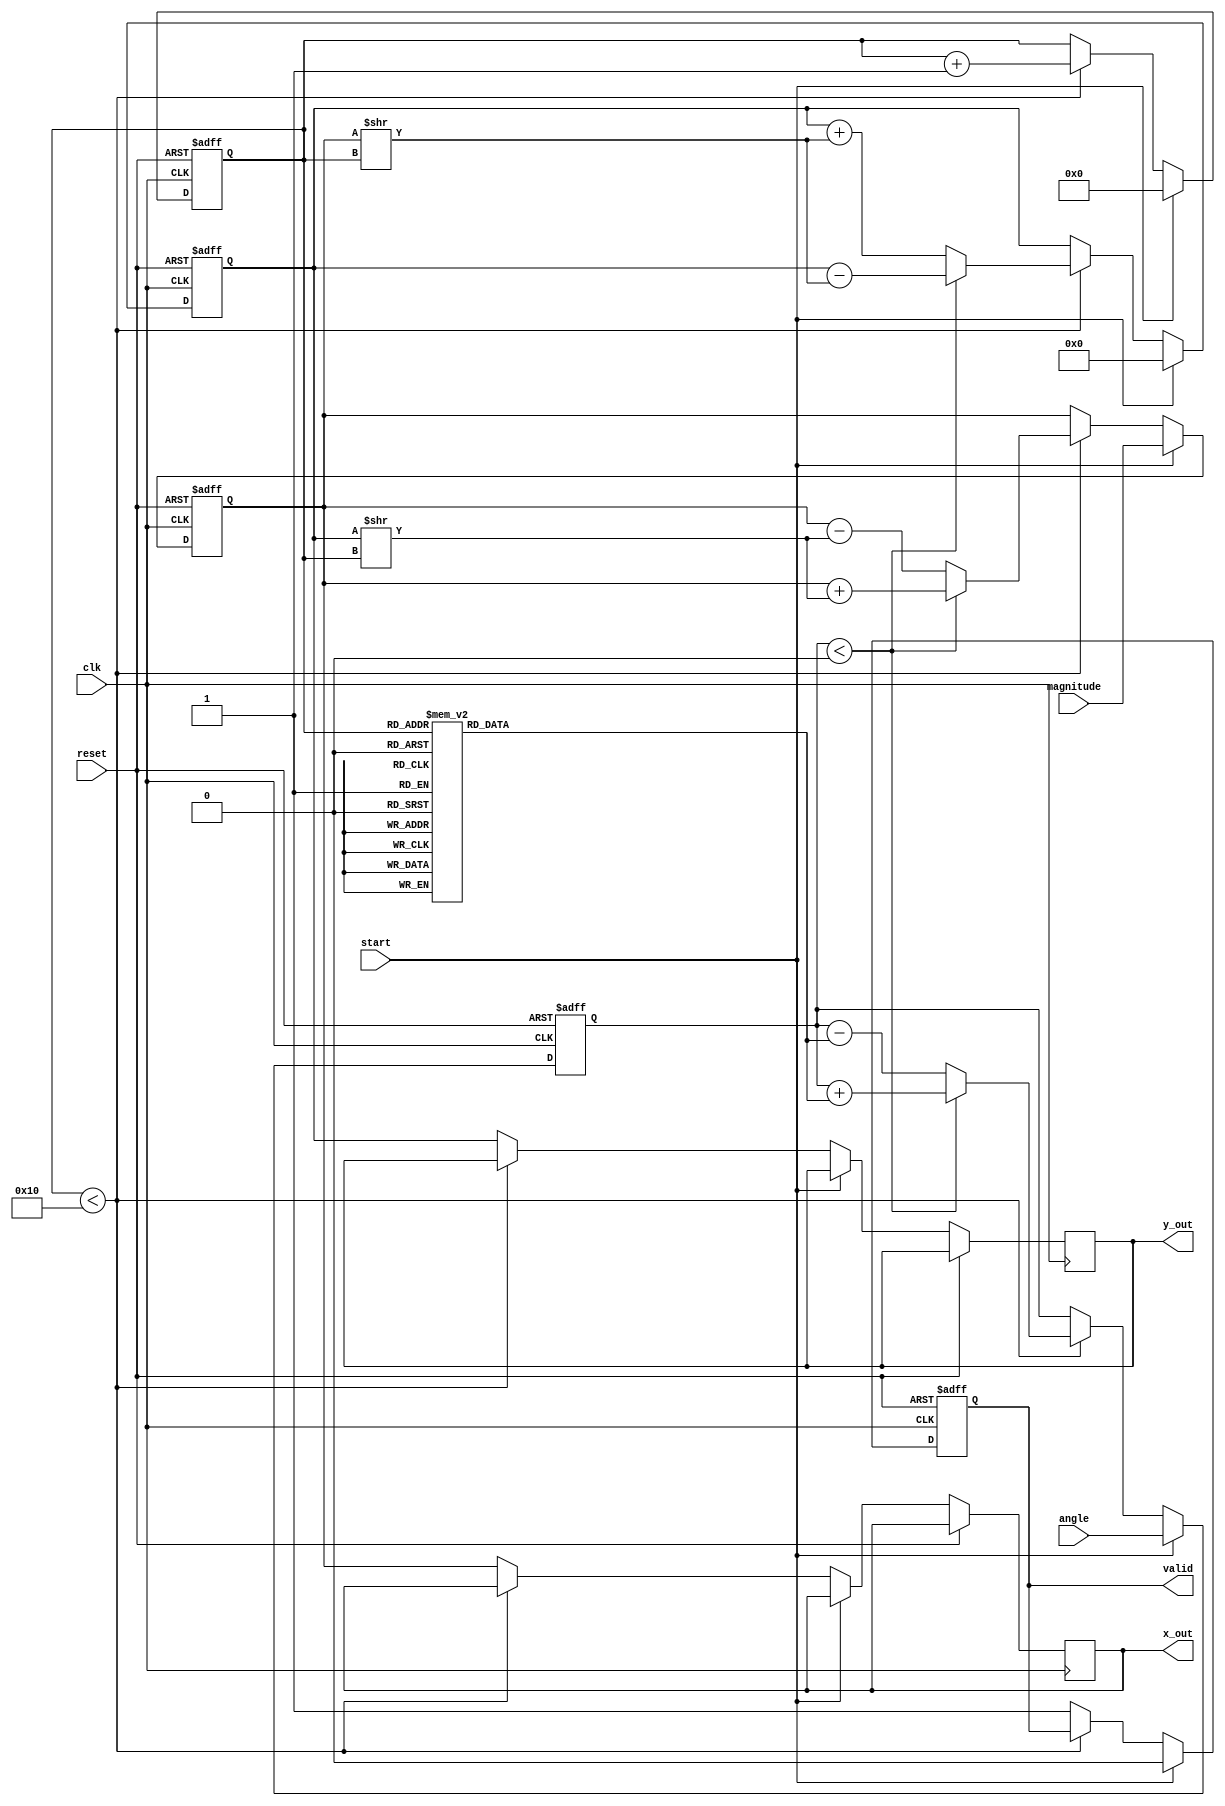
module cordic(
    input wire clk,
    input wire reset,
    input wire start,
    input wire [15:0] angle, // Input angle in fixed-point format (16 bits)
    input wire [15:0] magnitude, // Input magnitude (16 bits)
    output reg [15:0] x_out, // Output x coordinate
    output reg [15:0] y_out, // Output y coordinate
    output reg valid // Output valid signal
);

    parameter NUM_ITERATIONS = 16; // Number of CORDIC iterations
    reg [15:0] x, y, z; // Internal registers for x, y, and angle
    reg [3:0] iteration; // Iteration counter
    reg [15:0] atan_table [0:NUM_ITERATIONS-1]; // Lookup table for arctangent values

    // Initialize arctangent lookup table (in fixed-point format)
    initial begin
        atan_table[0] = 16'h2000; // atan(2^0)
        atan_table[1] = 16'h1000; // atan(2^-1)
        atan_table[2] = 16'h0800; // atan(2^-2)
        atan_table[3] = 16'h0400; // atan(2^-3)
        atan_table[4] = 16'h0200; // atan(2^-4)
        atan_table[5] = 16'h0100; // atan(2^-5)
        atan_table[6] = 16'h0080; // atan(2^-6)
        atan_table[7] = 16'h0040; // atan(2^-7)
        atan_table[8] = 16'h0020; // atan(2^-8)
        atan_table[9] = 16'h0010; // atan(2^-9)
        atan_table[10] = 16'h0008; // atan(2^-10)
        atan_table[11] = 16'h0004; // atan(2^-11)
        atan_table[12] = 16'h0002; // atan(2^-12)
        atan_table[13] = 16'h0001; // atan(2^-13)
        atan_table[14] = 16'h0000; // atan(2^-14) (0)
        atan_table[15] = 16'hFFFF; // atan(2^-15) (-1)
    end

    // Control logic
    always @(posedge clk or posedge reset) begin
        if (reset) begin
            iteration <= 0;
            x <= 0;
            y <= 0;
            z <= 0;
            valid <= 0;
        end else if (start) begin
            x <= magnitude; // Initialize x with input magnitude
            y <= 0; // Initialize y to 0
            z <= angle; // Initialize z with input angle
            iteration <= 0; // Reset iteration counter
            valid <= 0; // Reset valid signal
        end else if (iteration < NUM_ITERATIONS) begin
            // CORDIC iteration
            if (z < 0) begin
                // Rotate counter-clockwise
                x <= x + (y >> iteration);
                y <= y - (x >> iteration);
                z <= z + atan_table[iteration];
            end else begin
                // Rotate clockwise
                x <= x - (y >> iteration);
                y <= y + (x >> iteration);
                z <= z - atan_table[iteration];
            end
            iteration <= iteration + 1; // Increment iteration counter
        end else begin
            // Output results after all iterations
            x_out <= x;
            y_out <= y;
            valid <= 1; // Set valid signal to indicate completion
        end
    end
endmodule